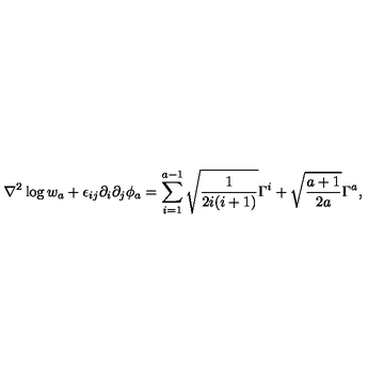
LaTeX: \nabla ^ { 2 } \log w _ { a } + \epsilon _ { i j } \partial _ { i } \partial _ { j } \phi _ { a } = \sum _ { i = 1 } ^ { a - 1 } \sqrt { \frac { 1 } { 2 i ( i + 1 ) } } \Gamma ^ { i } + \sqrt { \frac { a + 1 } { 2 a } } \Gamma ^ { a } ,